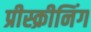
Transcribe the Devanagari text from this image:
प्रीस्क्रीनिंग